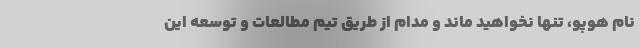
نام هوپو، تنها نخواهید ماند و مدام از طریق تیم مطالعات و توسعه این